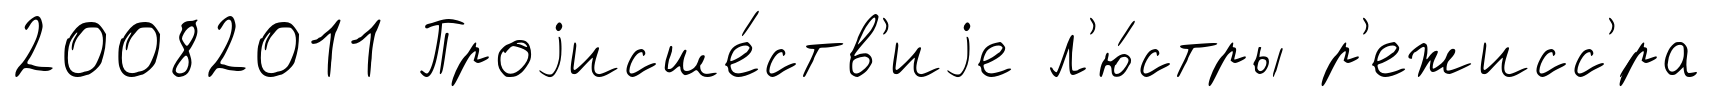
20082011 Проjисше́ств'иjе л'ю́стры р'ежисс'́ра